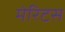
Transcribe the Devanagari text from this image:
मेरिटस